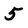
Character: 5